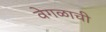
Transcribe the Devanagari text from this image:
वेगळाची